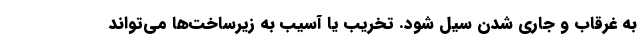
به غرقاب‌ و جاری شدن سیل شود. تخریب یا آسیب به زیرساخت‌ها می‌تواند